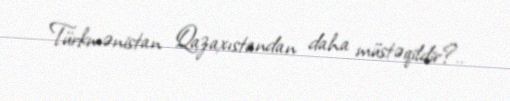
Türkmənistan Qazaxıstandan daha müstəqildir?..